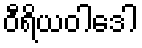
ဝီရိယဝါဒေါ